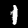
Digit: 1